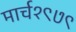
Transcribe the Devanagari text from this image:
मार्च१९७९